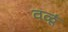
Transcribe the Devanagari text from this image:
वळूं